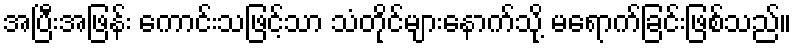
အပြီးအဖြန်း ကောင်းသဖြင့်သာ သံတိုင်များနောက်သို့ မရောက်ခြင်းဖြစ်သည်။